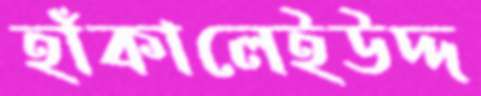
হাঁকালেইউদ্দ